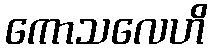
ကောသလေဟိ